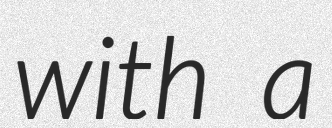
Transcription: with a